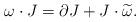
LaTeX: \begin{align*}\omega\cdot J=\partial J+J\cdot\widetilde{\omega}.\end{align*}